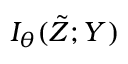
I _ { \theta } ( \tilde { Z } ; Y )